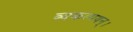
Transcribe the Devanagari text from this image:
व्यकल्पयन्।